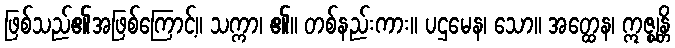
ဖြစ်သည်၏အဖြစ်ကြောင့်။ သက္ကာ၊ ၏။ တစ်နည်းကား။ ပဌမေန၊ သော။ အတ္ထေန၊ ဣဇ္ဈန္တိ